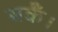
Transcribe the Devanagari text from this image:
सकेँ।